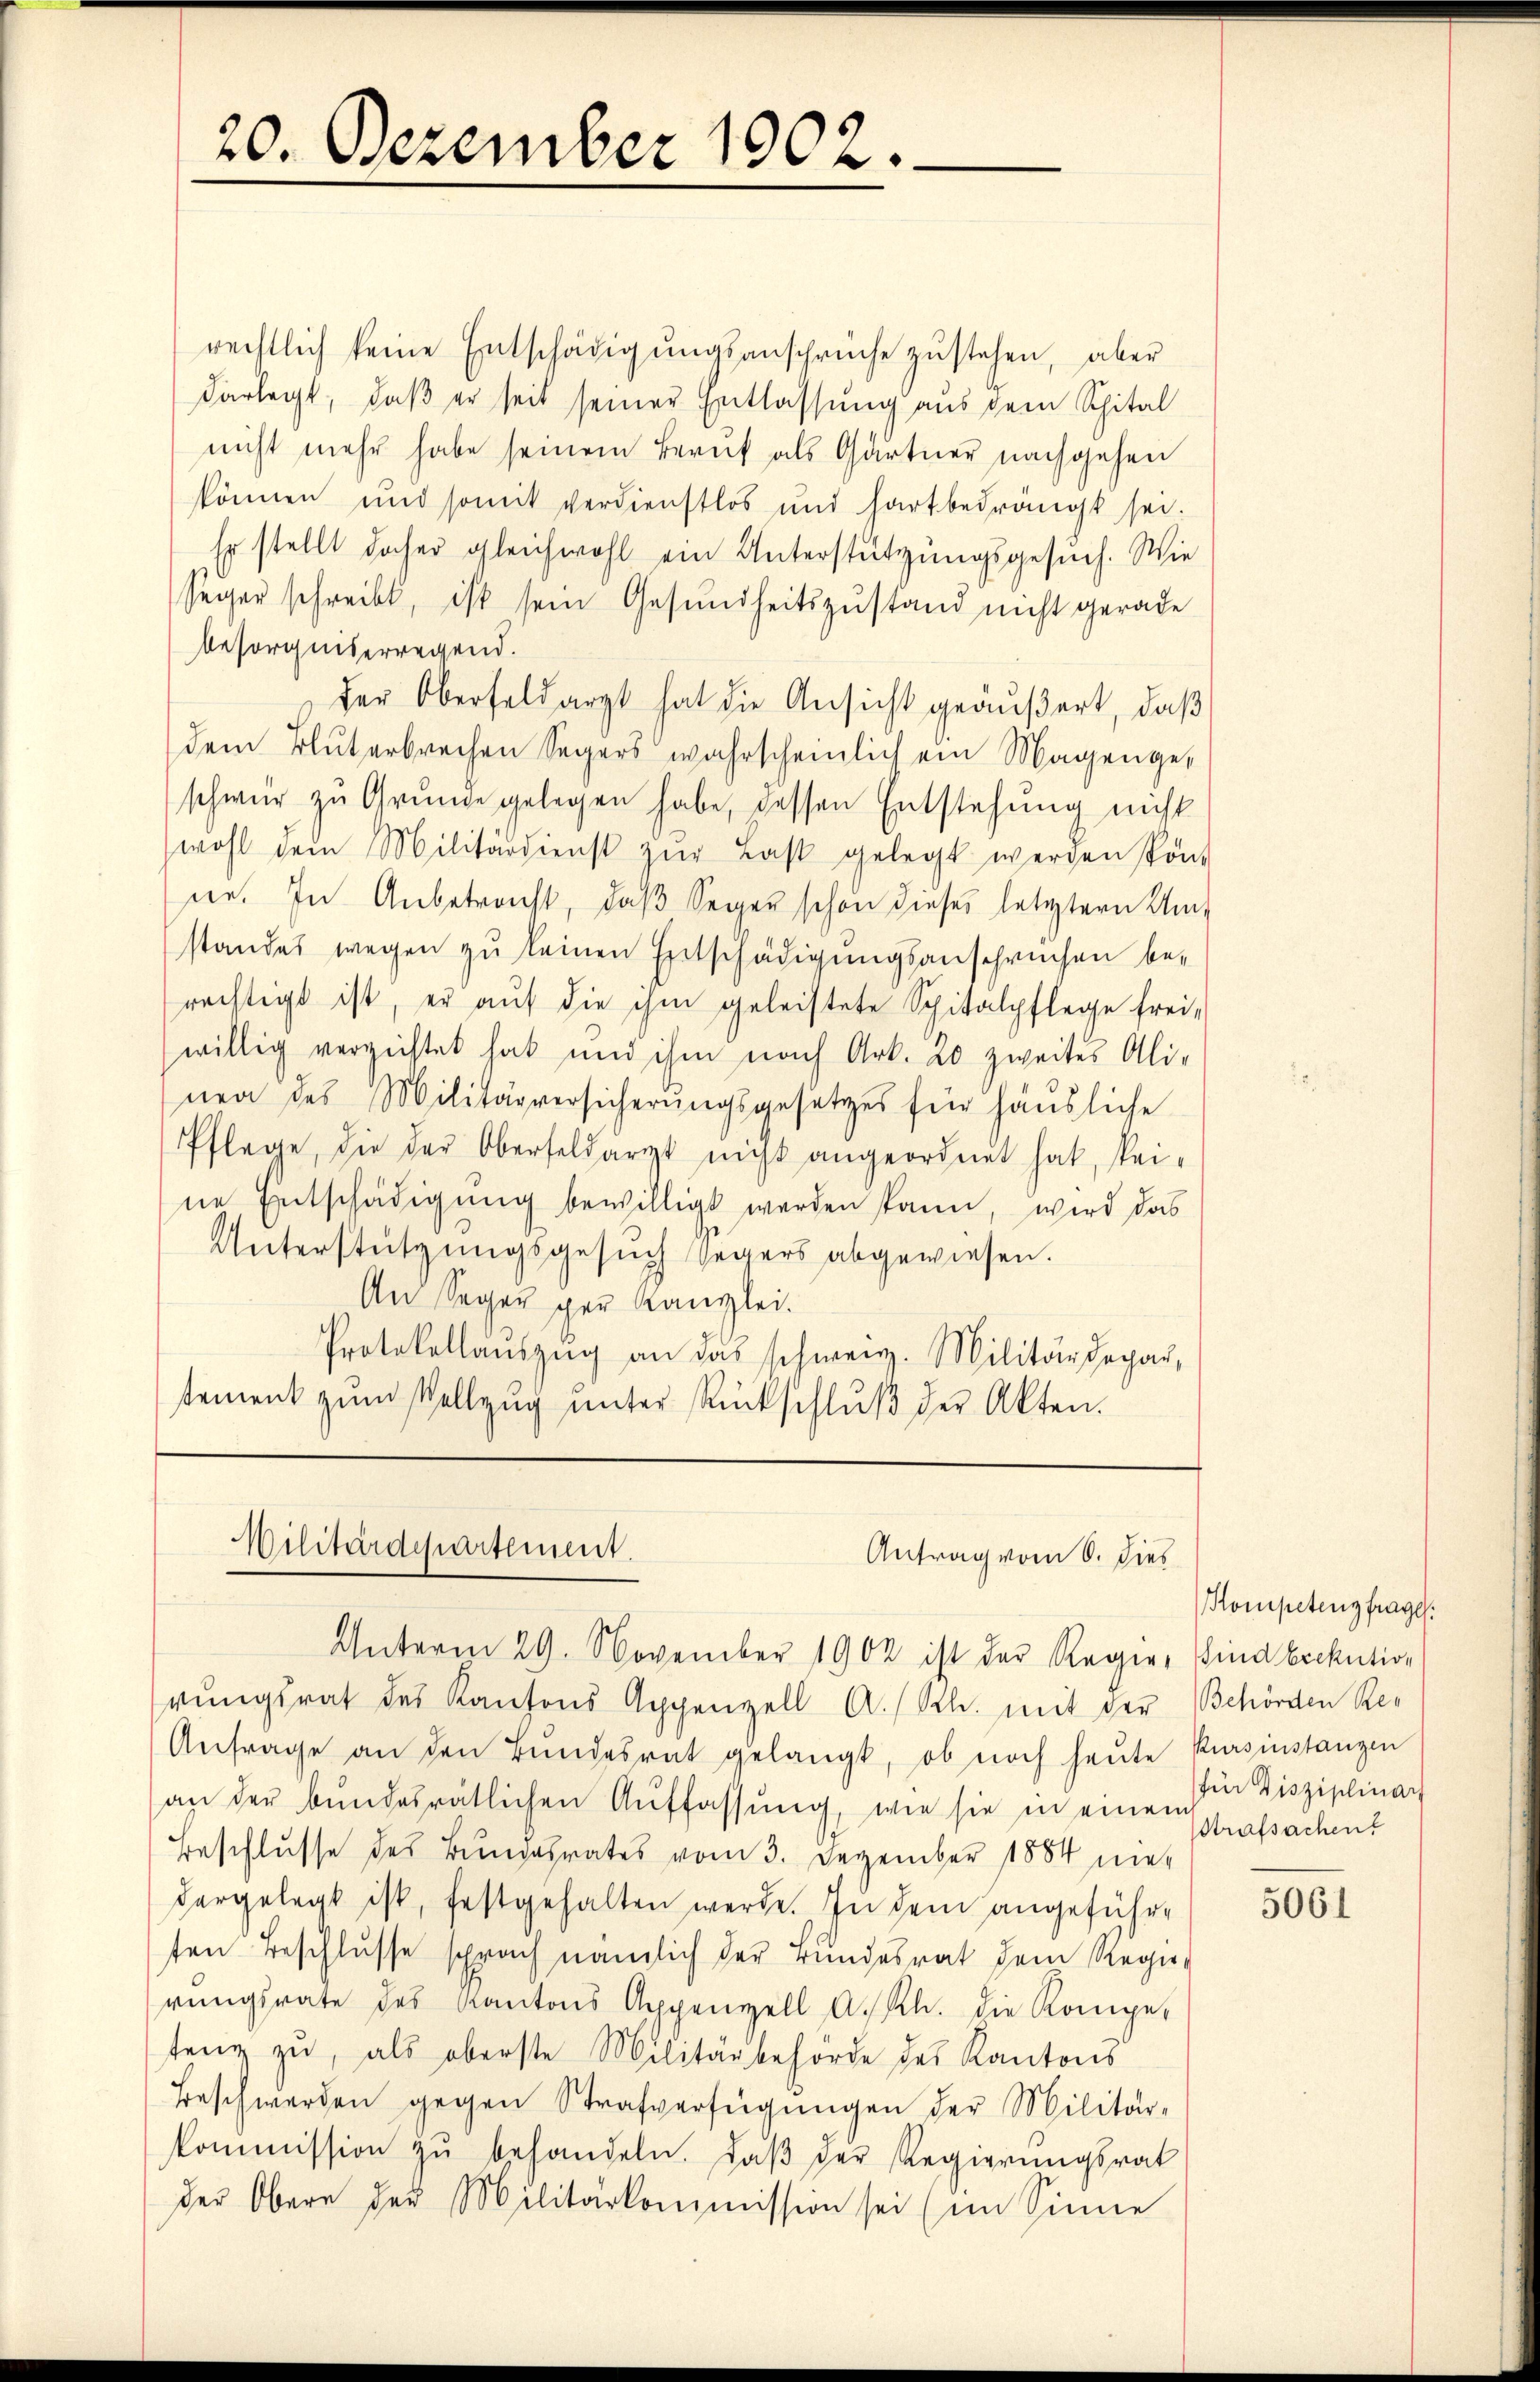
rechtlich keine Entschädigungsansprüche zustehen, aber
darlegt, daß er seit seiner Entlassung aus dem Spital
nicht mehr habe seinem Beruf als Gärtner nachgehen
können und somit verdienstlos und hart bedrängt sei.
Es stellt daher gleichwohl ein Unterstützungsgesuch. Wie
seger schreibt, ist sein Gesundheitszustand nicht gerade
besorgniserregend.
der Oberfeldarzt hat die Ansicht geäußert, daß
dem Bluterbrechen Segers wahrscheinlich ein Magengeschwer zu Grunde gelegen habe, dessen Entstehung nicht
wohl dem Militärdienst zŭr Last gelegt werden könt
ser. In Anbetracht, daβ Seger schon dieses letztern Um-
standes wegen zu keinen Entschädigungsanschrechen berechtigt ist, er aŭf die ihm geleistete Spitalpflege frei-
willig verzichtet hat und ihm nach Art. 20 zweites Ali-
nen des Militärversicherungsgesetzes für häusliche
Pflege, die der Oberfeldarzt nicht angeordnet hat, keine Entschädigung bewilligt werden kann, wird das
Unterstützungsgesuch Segers abgewiesen.
An Segen per Kanzlei.
Protokollaŭszŭg an das schweiz. Militärdepar,
stement zum Vollzug unter Rückschlŭβ der Akten.

20. Dezember 1902.

Militärdepartement.
Antrag vom 6. dies
Unterm 29. November 1902 ist der Regie, sind bickution

rungsrat des Kantons Appenzell A.-Rh. mit der Behörden Res
Anfrage an den Bundesrat gelangt, ob noch heute Kursinstanzen
an der Bundesrätlichen Auffassung, wie sie in einem
Beschlusse des Bundesrates vom 3. Dezember 1884 niedargelegt ist, festgehalten werde. In dem angeführe
ten Beschlusse sprach nämlich der Bundesrat dem Regierŭngsrate des Kantons Appenzell A.Rh. die Kompe-
tenz zu, als oberste Militärbehörde des Kantons
Beschwerden gegen Strafverfügŭngen der Militär-
kommission zŭ behandeln. Daβ der Regierungsrat
der Obere der Militärkommission sei (im Sinne

Kompetenzfrage.
für Disziplinar
Strafsachen

5061